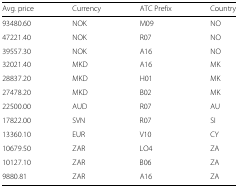
<table><thead><tr><td><b>Avg. price</b></td><td><b>Currency</b></td><td><b>ATC Prefix</b></td><td><b>Country</b></td></tr></thead><tbody><tr><td>93480.60</td><td>NOK</td><td>M09</td><td>NO</td></tr><tr><td>47221.40</td><td>NOK</td><td>R07</td><td>NO</td></tr><tr><td>39557.30</td><td>NOK</td><td>A16</td><td>NO</td></tr><tr><td>32021.40</td><td>MKD</td><td>A16</td><td>MK</td></tr><tr><td>28837.20</td><td>MKD</td><td>H01</td><td>MK</td></tr><tr><td>27478.20</td><td>MKD</td><td>B02</td><td>MK</td></tr><tr><td>22500.00</td><td>AUD</td><td>R07</td><td>AU</td></tr><tr><td>17822.00</td><td>SVN</td><td>R07</td><td>SI</td></tr><tr><td>13360.10</td><td>EUR</td><td>V10</td><td>CY</td></tr><tr><td>10679.50</td><td>ZAR</td><td>LO4</td><td>ZA</td></tr><tr><td>10127.10</td><td>ZAR</td><td>B06</td><td>ZA</td></tr><tr><td>9880.81</td><td>ZAR</td><td>A16</td><td>ZA</td></tr></tbody></table>